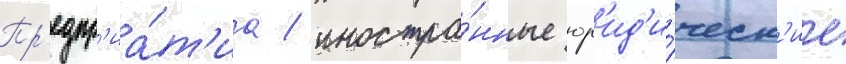
Пр'едпр'иа́т'иа / иностра́нные юр'ид'и́ческ'ие